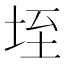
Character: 垤